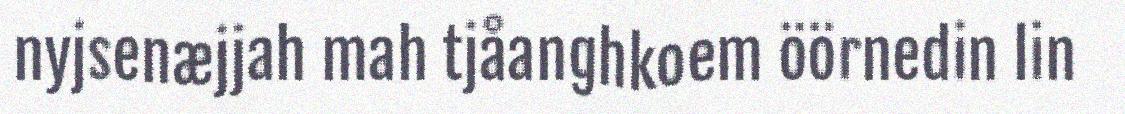
nyjsenæjjah mah tjåanghkoem öörnedin lin